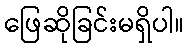
ဖြေဆိုခြင်းမရှိပါ။